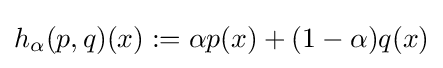
h_{\alpha }(p,q)(x):=\alpha p(x)+(1-\alpha )q(x)